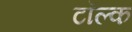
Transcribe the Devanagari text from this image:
टॉल्क